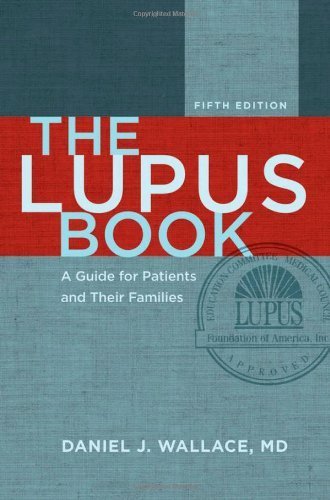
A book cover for The Lupus Book: A Guide for Patients and Their Families 5th (fifth) Edition by Wallace, Daniel J. [2012]; Health, Fitness & Dieting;